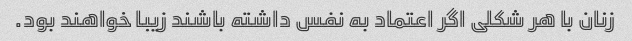
زنان با هر شکلی اگر اعتماد به نفس داشته باشند زیبا خواهند بود.